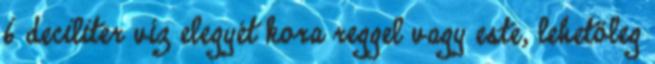
6 deciliter víz elegyét kora reggel vagy este, lehetőleg